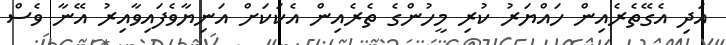
އަދި އެގޭތެރެއިން ހައްޔަރު ކުރި މީހުންގެ ތެރެއިން އެކަކަށް އަނިޔާވެފައިވާއިރު އޭނާ ވެސް